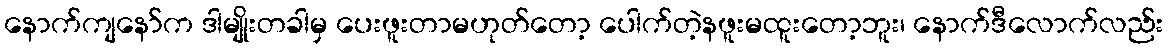
နောက်ကျနော်က ဒါမျိုးတခါမှ ပေးဖူးတာမဟုတ်တော့ ပေါက်တဲ့နဖူးမထူးတော့ဘူး၊ နောက်ဒီလောက်လည်း